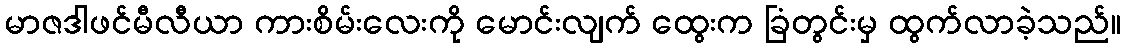
မာဇဒါဖင်မီလီယာ ကားစိမ်းလေးကို မောင်းလျက် ထွေးက ခြံတွင်းမှ ထွက်လာခဲ့သည်။